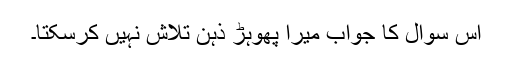
اس سوال کا جواب میرا پھوہڑ ذہن تلاش نہیں کرسکتا۔